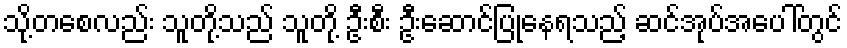
သို့တစေလည်း သူတို့သည် သူတို့ ဦးစီး ဦးဆောင်ပြုနေရသည့် ဆင်အုပ်အပေါ်တွင်